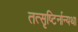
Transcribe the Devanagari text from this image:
तत्सृष्टिर्नान्यथा